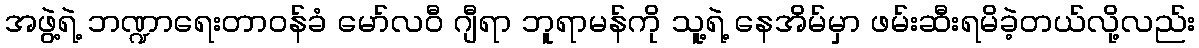
အဖွဲ့ရဲ့ ဘဏ္ဍာရေးတာဝန်ခံ မော်လဝီ ဂျီရာ ဘူရာမန်ကို သူ့ရဲ့ နေအိမ်မှာ ဖမ်းဆီးရမိခဲ့တယ်လို့လည်း